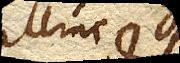
hinc